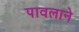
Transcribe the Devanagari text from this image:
पावलाने